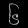
Digit: ၆